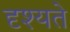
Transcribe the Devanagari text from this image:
दृश्यते